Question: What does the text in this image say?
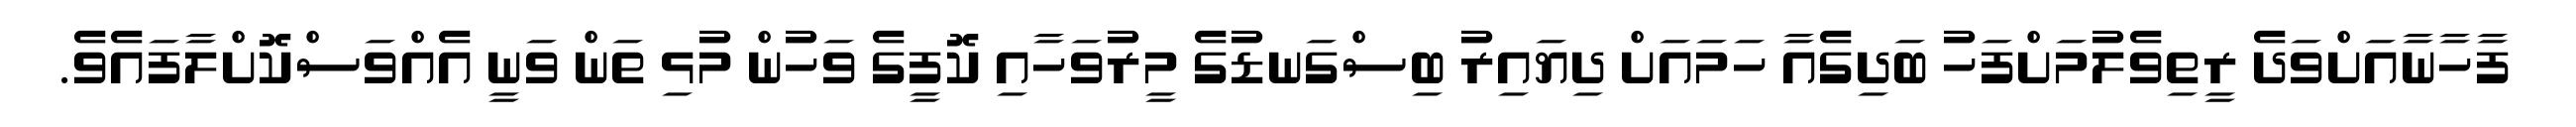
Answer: ފާހާނާއަށްވަދެ ރީތިވެލުމަށްފަހު ބަދިގެއާ ހަމައަށް ދިޔައިރު ބިސްގަނޑުގެ މީރުވަހާއި ކޮފީގެ ވަހުން މުޅި ތަން ވަނީ އެއްވަސްކޮށްލާފައެވެ.